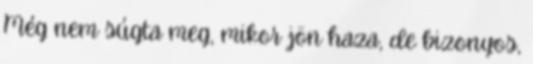
Még nem súgta meg, mikor jön haza, de bizonyos,